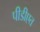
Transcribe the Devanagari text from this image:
पीडीएत